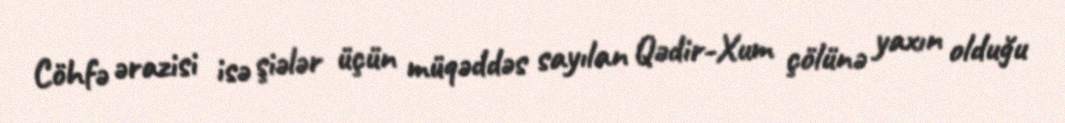
Cöhfə ərazisi isə şiələr üçün müqəddəs sayılan Qədir-Xum çölünə yaxın olduğu